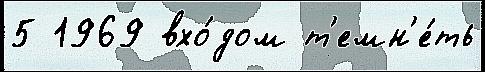
5 1969 вхо́дом т'емн'е́ть